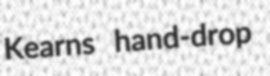
Kearns hand-drop